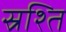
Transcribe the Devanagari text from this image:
स्रश्ति